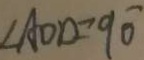
\angle A O D = 9 0 ^ { \circ }